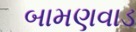
બામણવાડ